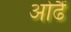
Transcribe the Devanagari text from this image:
ओढैं